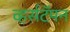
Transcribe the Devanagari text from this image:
व्हर्सटॅपन